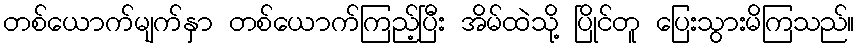
တစ်ယောက်မျက်နှာ တစ်ယောက်ကြည့်ပြီး အိမ်ထဲသို့ ပြိုင်တူ ပြေးသွားမိကြသည်။